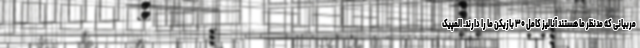
مربیانی که مدنظر ما هستند آنالیز کامل ۳۰ بازیکن ما را دارند. المپیک